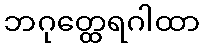
ဘဂုတ္ထေရဂါထာ